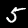
Digit: 5